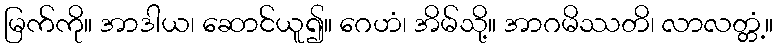
မြက်ကို။ အာဒါယ၊ ဆောင်ယူ၍။ ဂေဟံ၊ အိမ်သို့။ အာဂမိဿတိ၊ လာလတ္တံ့။